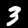
Digit: 3